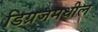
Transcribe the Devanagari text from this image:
डिग्रजमधील